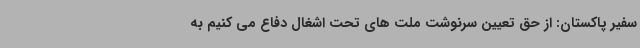
سفیر پاکستان: از حق تعیین سرنوشت ملت های تحت اشغال دفاع می کنیم به